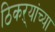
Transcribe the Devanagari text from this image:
ठिकऱ्यांच्या